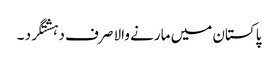
پاکستان میں مارنے والا صرف دہشتگرد ۔